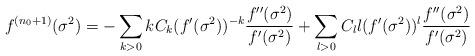
LaTeX: \begin{align*}f^{(n_0+1)}(\sigma^2)=-\sum_{k>0}kC_k(f^\prime(\sigma^2))^{-k}\frac{f^{\prime\prime}(\sigma^2)}{f^\prime(\sigma^2)} +\sum_{l>0}C_l l(f^\prime(\sigma^2))^l\frac{f^{\prime\prime}(\sigma^2)}{f^\prime(\sigma^2)}\end{align*}